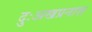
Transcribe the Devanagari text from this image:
दुःअखप्रनाश